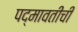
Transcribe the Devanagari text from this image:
पद्मावतीची